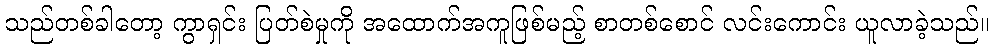
သည်တစ်ခါတော့ ကွာရှင်း ပြတ်စဲမှုကို အထောက်အကူဖြစ်မည့် စာတစ်စောင် လင်းကောင်း ယူလာခဲ့သည်။